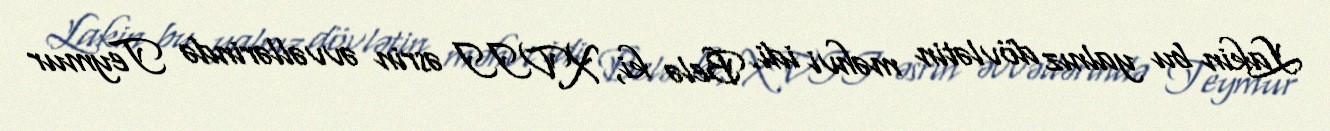
Lakin bu yalnız dövlətin məhvi idi. Belə ki, XVII əsrin əvvəllərində Teymur